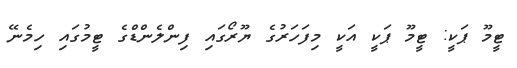
ޓީމޫ ޕަކީ: ޓީމޫ ޕަކީ އަކީ މިފަހަރުގެ ޔޫރޯގައި ފިންލެންޑްގެ ޓީމުގައި ހިމެނޭ